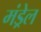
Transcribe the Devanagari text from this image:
मंड्रेल